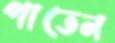
পাতেন